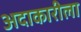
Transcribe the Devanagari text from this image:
अदाकारीला